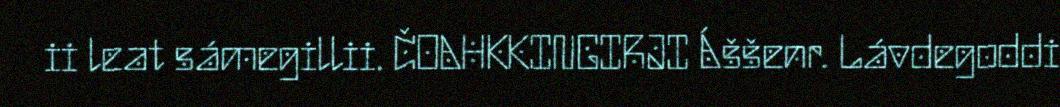
ii leat sámegillii. ČOAHKKINGIRJI Áššenr. Lávdegoddi